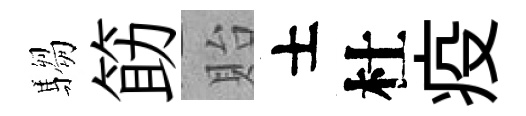
騶筯貽士杜疫